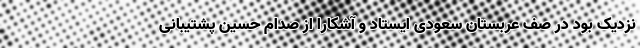
نزدیک بود در صف عربستان سعودی ایستاد و آشکارا از صدام حسین پشتیبانی